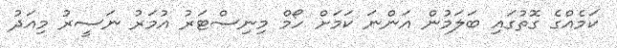
ކަމެއްގެ ގޮތުގައި ބަލަމުން އަންނަ ކަމަށް ހޯމް މިނިސްޓަރު އުމަރު ނަސީރު މިއަދު